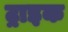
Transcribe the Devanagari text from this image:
ट्राइक